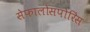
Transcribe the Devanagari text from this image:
सेफालोसपोरिंस